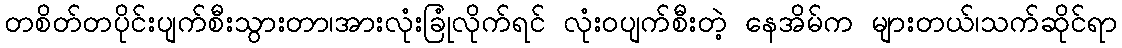
တစိတ်တပိုင်းပျက်စီးသွားတာ၊အားလုံးခြုံလိုက်ရင် လုံးဝပျက်စီးတဲ့ နေအိမ်က များတယ်၊သက်ဆိုင်ရာ